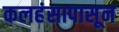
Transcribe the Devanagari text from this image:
कलहंसापासून